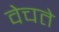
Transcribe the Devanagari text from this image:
वेचते